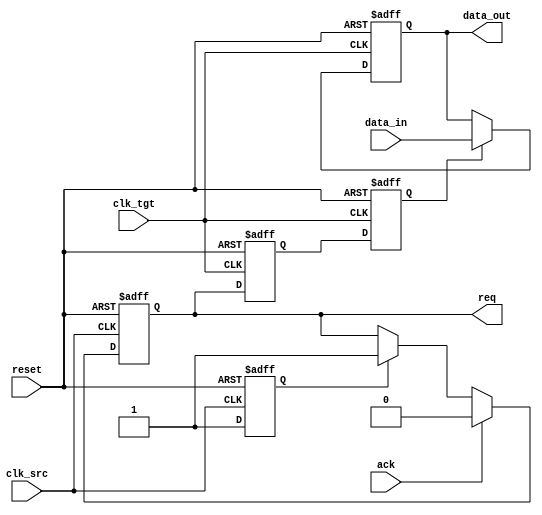
module handshake_synchronizer #(
    parameter DATA_WIDTH = 8
)(
    input wire clk_src,          // Clock for the sender (source)
    input wire clk_tgt,          // Clock for the receiver (target)
    input wire reset,            // Asynchronous reset
    input wire [DATA_WIDTH-1:0] data_in, // Data input from sender
    output reg req,              // Request signal from sender
    input wire ack,              // Acknowledge signal from receiver
    output reg [DATA_WIDTH-1:0] data_out // Data output to receiver
);

// Sender Logic
reg data_valid; // Signal to indicate valid data
always @(posedge clk_src or posedge reset) begin
    if (reset) begin
        req <= 1'b0;
        data_valid <= 1'b0;
    end else begin
        // Example logic to generate valid data
        data_valid <= 1'b1; // Assume data is always valid for this example
        if (data_valid) begin
            req <= 1'b1; // Assert request when data is valid
        end
        if (ack) begin
            req <= 1'b0; // De-assert request when acknowledged
        end
    end
end

// Receiver Logic
reg [DATA_WIDTH-1:0] data_reg; // Register to hold incoming data
reg req_sync_1, req_sync_2; // Synchronization registers for request signal

// Synchronize request signal in the target clock domain
always @(posedge clk_tgt or posedge reset) begin
    if (reset) begin
        req_sync_1 <= 1'b0;
        req_sync_2 <= 1'b0;
    end else begin
        req_sync_1 <= req; // First stage of synchronization
        req_sync_2 <= req_sync_1; // Second stage of synchronization
    end
end

// Acknowledge logic
always @(posedge clk_tgt or posedge reset) begin
    if (reset) begin
        data_out <= {DATA_WIDTH{1'b0}};
    end else if (req_sync_2) begin
        data_out <= data_in; // Capture data when request is asserted
    end
end

endmodule